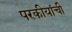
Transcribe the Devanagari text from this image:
परकीयांची